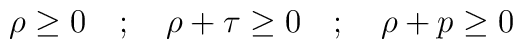
\rho \ge 0 \quad ; \quad \rho +\tau \ge 0 \quad ; \quad \rho + p \ge 0